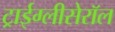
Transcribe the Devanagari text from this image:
ट्राईग्लीसेरॉल